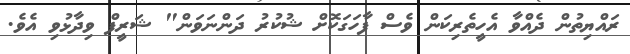
ރައްޔިތުން ދެއްވާ އެހީތެރިކަން ވެސް ފާހަގަކޮށް ޝުކުރު ދަންނަވަން" ޝަރީފް ވިދާޅުވި އެވެ.